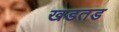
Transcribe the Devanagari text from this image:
खडतड